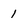
Character: 1